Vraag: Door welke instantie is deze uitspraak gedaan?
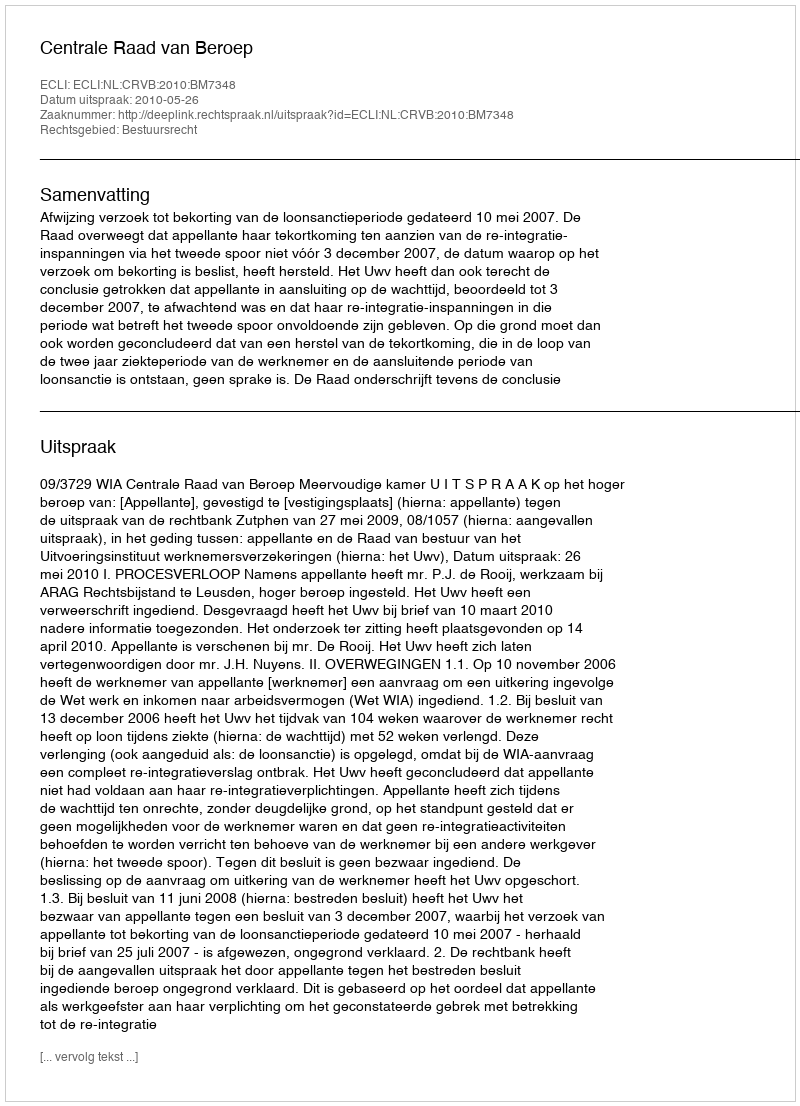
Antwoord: Centrale Raad van Beroep